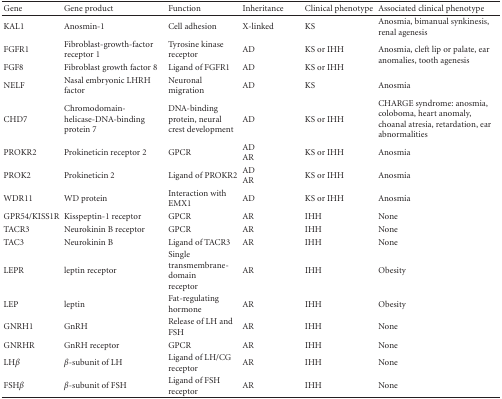
<table><thead><tr><td><b>Gene</b></td><td><b>Gene product</b></td><td><b>Function</b></td><td><b>Inheritance</b></td><td><b>Clinical phenotype</b></td><td><b>Associated clinical phenotype</b></td></tr></thead><tbody><tr><td>KAL1</td><td>Anosmin-1</td><td>Cell adhesion</td><td>X-linked</td><td>KS</td><td>Anosmia, bimanual synkinesis, renal agenesis</td></tr><tr><td>FGFR1</td><td>Fibroblast-growth-factor receptor 1</td><td>Tyrosine kinase receptor</td><td>AD</td><td>KS or IHH</td><td rowspan="2">Anosmia, cleft lip or palate, ear anomalies, tooth agenesis</td></tr><tr><td>FGF8</td><td>Fibroblast growth factor 8</td><td>Ligand of FGFR1</td><td>AD</td><td>KS or IHH</td></tr><tr><td>NELF</td><td>Nasal embryonic LHRH factor</td><td>Neuronal migration</td><td>AD</td><td>KS</td><td>Anosmia</td></tr><tr><td>CHD7</td><td>Chromodomain- helicase-DNA-binding protein 7</td><td>DNA-binding protein, neural crest development</td><td>AD</td><td>KS or IHH</td><td>CHARGE syndrome: anosmia, coloboma, heart anomaly, choanal atresia, retardation, ear abnormalities</td></tr><tr><td>PROKR2</td><td>Prokineticin receptor 2</td><td>GPCR</td><td>AD AR</td><td>KS or IHH</td><td>Anosmia</td></tr><tr><td>PROK2</td><td>Prokineticin 2</td><td>Ligand of PROKR2</td><td>AD AR</td><td>KS or IHH</td><td>Anosmia</td></tr><tr><td>WDR11</td><td>WD protein</td><td>Interaction with EMX1</td><td>AD</td><td>KS or IHH</td><td>Anosmia</td></tr><tr><td>GPR54/KISS1R</td><td>Kisspeptin-1 receptor</td><td>GPCR</td><td>AR</td><td>IHH</td><td>None</td></tr><tr><td>TACR3</td><td>Neurokinin B receptor</td><td>GPCR</td><td>AR</td><td>IHH</td><td>None</td></tr><tr><td>TAC3</td><td>Neurokinin B</td><td>Ligand of TACR3</td><td>AR</td><td>IHH</td><td>None</td></tr><tr><td>LEPR</td><td>leptin receptor</td><td>Single transmembrane-domain receptor</td><td>AR</td><td>IHH</td><td>Obesity</td></tr><tr><td>LEP</td><td>leptin</td><td>Fat-regulating hormone</td><td>AR</td><td>IHH</td><td>Obesity</td></tr><tr><td>GNRH1</td><td>GnRH</td><td>Release of LH and FSH</td><td>AR</td><td>IHH</td><td>None</td></tr><tr><td>GNRHR</td><td>GnRH receptor</td><td>GPCR</td><td>AR</td><td>IHH</td><td>None</td></tr><tr><td>LH<i>β</i></td><td><i>β</i>-subunit of LH</td><td>Ligand of LH/CG receptor</td><td>AR</td><td>IHH</td><td>None</td></tr><tr><td>FSH<i>β</i></td><td><i>β</i>-subunit of FSH</td><td>Ligand of FSH receptor</td><td>AR</td><td>IHH</td><td>None</td></tr></tbody></table>